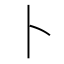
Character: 卜